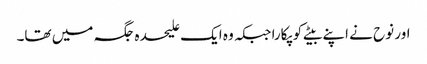
اور نوح نے اپنے بیٹے کو پکارا جبکہ وہ ایک علیحدہ جگہ میں تھا۔